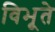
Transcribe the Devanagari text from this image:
विभूते